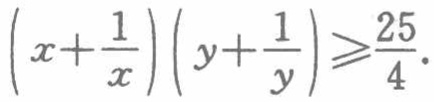
\(\left(x+\frac{1}{x}\right)\left(y+\frac{1}{y}\right)\geqslant\frac{25}{4}\)